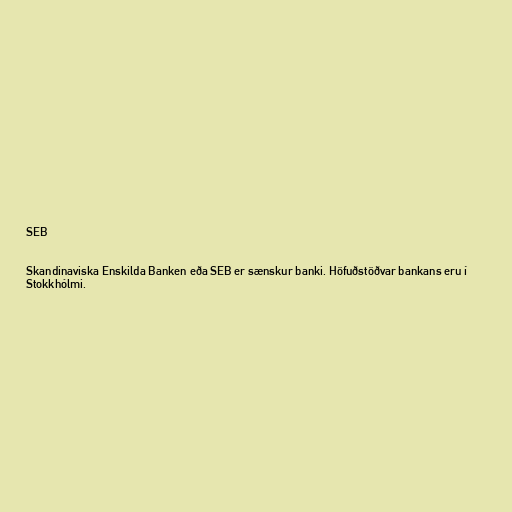
SEB

Skandinaviska Enskilda Banken eða SEB er sænskur banki. Höfuðstöðvar bankans eru í
Stokkhólmi.